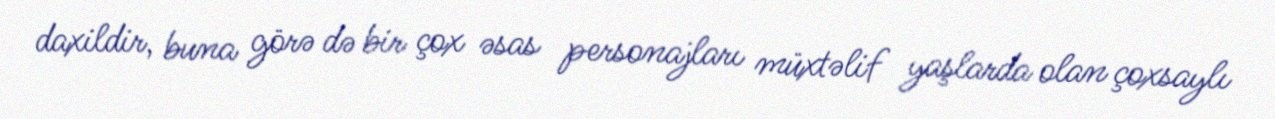
daxildir, buna görə də bir çox əsas personajları müxtəlif yaşlarda olan çoxsaylı